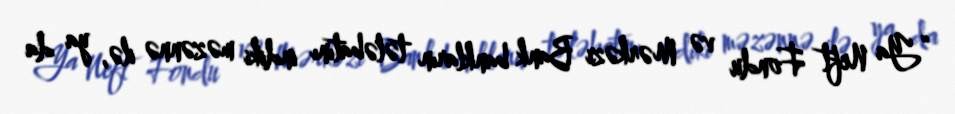
“Ya Neft Fondu və Mərkəzi Bank bankların tələbatını indiki məzənnə ilə, ya da